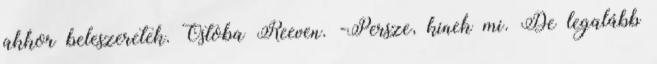
akkor beleszeretek. Ostoba Reeven. -Persze, kinek mi. De legalább